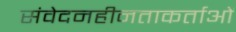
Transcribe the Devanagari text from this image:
संवेदनहीनताकर्ताओं